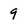
Character: 9